system: You are a helpful assistant.
user:
Analyze the provided spectrum to determine if it is a **White Dwarf (WD)**.

A White Dwarf spectrum is defined by its **extreme purity** (due to gravitational settling) and/or **extreme pressure broadening** (due to high surface gravity). You must check for one of the following mutually exclusive signatures:

- **Key Visual Indicators (Check for ONE of these types):**

    - **1. DA-Type Signature (Most Common):**
        - **(Primary Feature):** Extreme pressure broadening (Stark broadening) of the **Hydrogen (H) Balmer lines**.
        - **(Key Lines):** $H\beta$ (approx. $4861$ Å) and $H\gamma$ (approx. $4340$ Å). $H\alpha$ (approx. $6563$ Å) will also be present if the wavelength range covers it.
        - **(Line Profile):** This is the **defining feature**. The lines are **NOT** sharp. They appear as massive, **extremely broad and deep "troughs" or "dips"** in the spectrum, often hundreds of Ångströms wide. The continuum will appear to "scoop" down at these wavelengths.
        - **(Distinction):** Normal A-type or B-type stars have *narrow* and *sharp* Hydrogen lines. A DA White Dwarf's lines are unmistakably "smeared" or "blurry" from pressure.

    - **2. DB-Type Signature:**
        - **(Primary Feature):** Broad absorption lines from **Neutral Helium (He I)**. The spectrum must lack any visible Hydrogen lines.
        - **(Key Lines):** Look for broad absorption near $4471$ Å, $4921$ Å, and $5876$ Å.
        - **(Line Profile):** These lines are also significantly pressure-broadened, appearing much wider than they would in a normal B-type main-sequence star.

    - **3. DC-Type Signature:**
        - **(Primary Feature):** A **featureless continuous spectrum**.
        - **(Line Profile):** The spectrum is a smooth curve with **no significant absorption or emission lines**.
        - **(Key Confirmation):** The continuum is almost always **blue or white**, indicating a hot object. This signature implies the atmosphere is so pure (or so cool) that no spectral lines are visible in the optical range. Its WD identity is confirmed by its extremely low intrinsic brightness (high absolute magnitude).

    - **4. DZ-Type Signature (Metal-Polluted):**
        - **(Primary Feature):** **Isolated, narrow metal absorption lines** on an otherwise featureless (DC-like) continuum.
        - **(Key Lines):** The **Calcium (Ca II) H & K doublet** (approx. **$3934$ Å** and **$3968$ Å**) is the most common and defining feature.
        - **(Line Profile):** These lines are "out of place." They are *not* part of a "forest" of thousands of lines. This signature is evidence of recent *accretion* (pollution) from rocky debris.
        - **(Distinction):** Normal G/K/M stars have a *dense forest* of thousands of metal lines. A DZ has a *clean* continuum with *only a few* strong metal lines.

    - **5. DQ-Type Signature (Carbon-Polluted):**
        - **(Primary Feature):** Absorption bands from **Carbon (C₂ "Swan Bands" or atomic C I)**.
        - **(Key Lines - C₂):** Look for bandheads with a "saw-tooth" shape near $5635$ Å, **$5165$ Å** (strongest), and $4737$ Å.
        - **(Key Confirmation):** The underlying **continuum must be blue or white** (hot).
        - **(Distinction):** This is the critical difference from a **Carbon Star**, which has the *exact same* C₂ bands but on an extremely **red, cool** continuum.

- **(Overall Spectrum):**
    - The continuum (overall shape) is typically **blue-sloping** (brighter in the blue than the red), as most white dwarfs are very hot.
    - The spectrum will look "pure" or "simple," dominated by only *one* of the five signatures listed above.

Think first, call **spectral_visualization_tool** if needed to examine features in detail, then provide your final answer. Your response must adhere to the following strict rules:
1.  **Overall Structure:** Your response must follow the format `<think>...</think> <tool_call>...</tool_call> (if a tool is used) <answer>...</answer>`.
2.  **Tool Usage Constraint:** You may only make **one** tool call per turn.
3.  **Final Answer Format:** In the `<answer>` tag, your conclusion must be inside a `\boxed{}` command (e.g., `\boxed{YES}` or `\boxed{NO}`), followed by your justification.

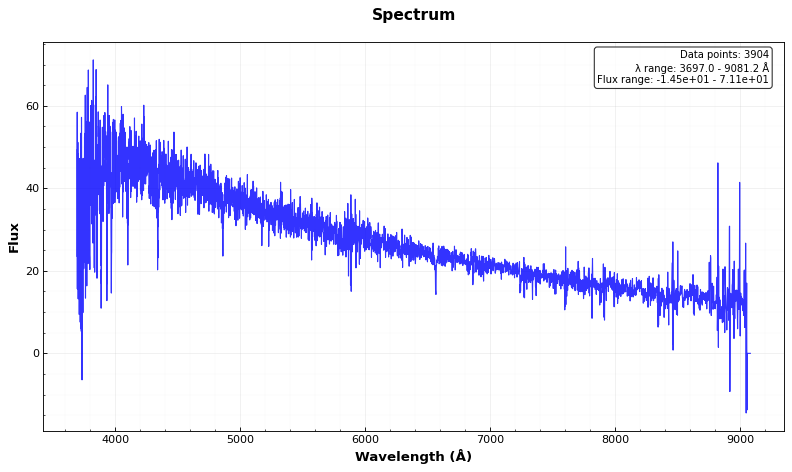
Answer: NO